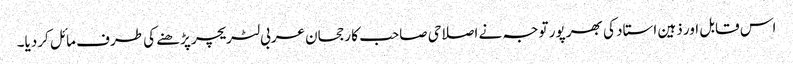
اس قابل اور ذہین استاد کی بھر پور توجہ نے اصلاحی صاحب کا رجحان عربی لٹریچر پڑھنے کی طرف مائل کردیا۔